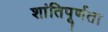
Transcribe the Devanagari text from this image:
शांतिपूर्णता